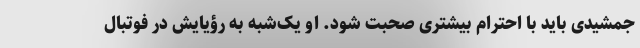
جمشیدی باید با احترام بیشتری صحبت شود. او یک‌شبه به رؤیایش در فوتبال